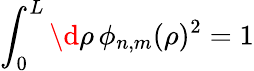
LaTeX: \int_{0}^{L}\d\rho\, \phi_{n,m}(\rho)^{2}=1